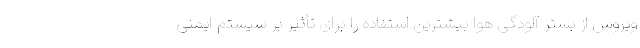
ویروس از بستر آلودگی هوا بیشترین استفاده را برای تأثیر بر سیستم ایمنی